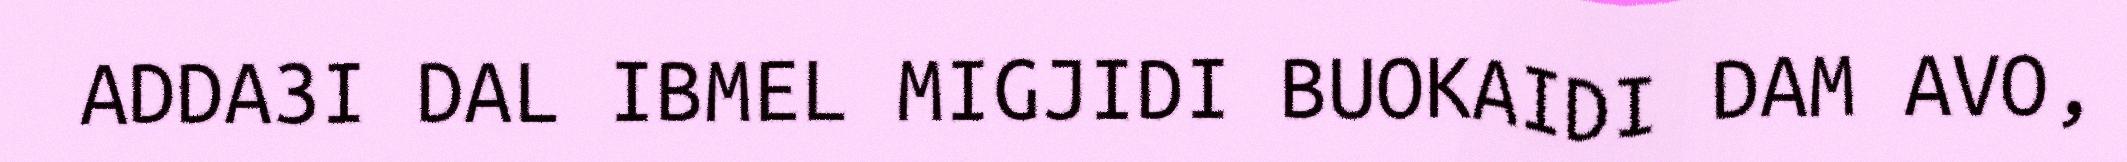
ADDA3I DAL IBMEL MIGJIDI BUOKAIDI DAM AVO,